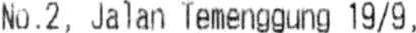
NO.2, JALAN TEMENGGUNG 19/9,